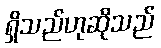
ရှိသည်ဟုဆိုသည်